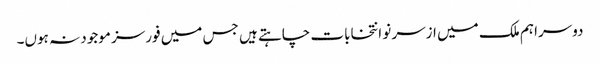
دوسرا ہم ملک میں ازسر نو انتخابات چاہتے ہیں جس میں فورسز موجود نہ ہوں۔